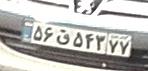
۵۶ق۵۴۳۷۷